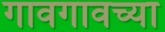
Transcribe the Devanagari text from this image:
गावगावच्या